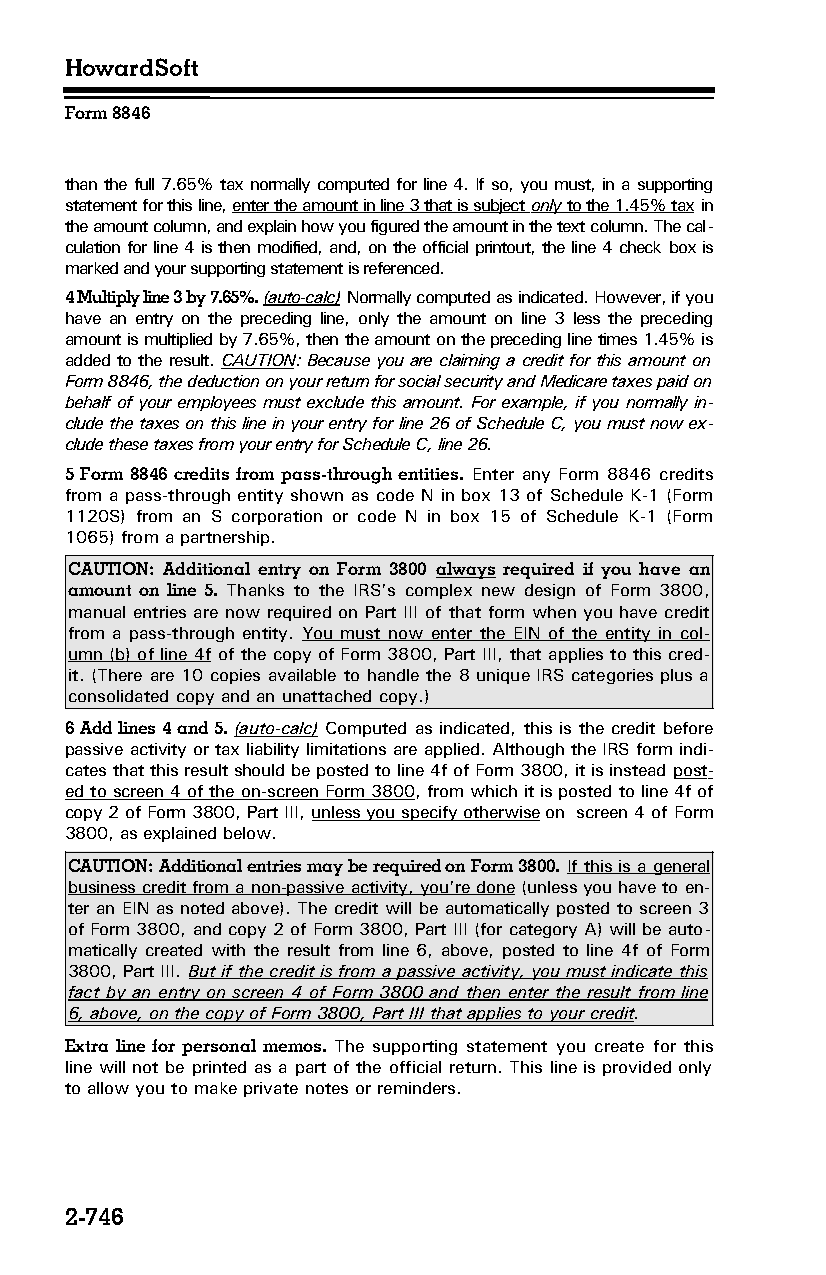
HowardSoft
 Form 8846
 than the full 7.65% tax normally computed for line 4. If so, you must, in a supporting
 statement for this line, enter the amount in line 3 that is subject only to the 1.45% tax in
 the amount column, and explain how you figured the amount in the text column. The cal­
 culation for line 4 is then modified, and, on the official printout, the line 4 check box is
 marked and your supporting statement is referenced.
 4 Multiply line 3 by 7.65%. (auto-calc) Normally computed as indicated. However, if you
 have an entry on the preceding line, only the amount on line 3 less the preceding
 amount is multiplied by 7.65%, then the amount on the preceding line times 1.45% is
 added to the result. CAUTION: Because you are claiming a credit for this amount on
 Form 8846, the deduction on your return for social security and Medicare taxes paid on
 behalf of your employees must exclude this amount. For example, if you normally in­
 clude the taxes on this line in your entry for line 26 of Schedule C, you must now ex­
 clude these taxes from your entry for Schedule C, line 26.
 5 Form 8846 credits from pass-through entities. Enter any Form 8846 credits
 from a pass-through entity shown as code N in box 13 of Schedule K-1 (Form
 1120S) from an S corporation or code N in box 15 of Schedule K-1 (Form
 1065) from a partnership.
 CAUTION: Additional entry on Form 3800 always required if you have an
 amount on line 5. Thanks to the IRS’s complex new design of Form 3800,
 manual entries are now required on Part III of that form when you have credit
 from a pass-through entity. You must now enter the EIN of the entity in col­
 umn (b) of line 4f of the copy of Form 3800, Part III, that applies to this cred­
 it. (There are 10 copies available to handle the 8 unique IRS categories plus a
 consolidated copy and an unattached copy.)
 6 Add lines 4 and 5. (auto-calc) Computed as indicated, this is the credit before
 passive activity or tax liability limitations are applied. Although the IRS form indi­
 cates that this result should be posted to line 4f of Form 3800, it is instead post­
 ed to screen 4 of the on-screen Form 3800, from which it is posted to line 4f of
 copy 2 of Form 3800, Part III, unless you specify otherwise on screen 4 of Form
 3800, as explained below.
 CAUTION: Additional entries may be required on Form 3800. If this is a general
 business credit from a non-passive activity, you’re done (unless you have to en­
 ter an EIN as noted above). The credit will be automatically posted to screen 3
 of Form 3800, and copy 2 of Form 3800, Part III (for category A) will be auto­
 matically created with the result from line 6, above, posted to line 4f of Form
 3800, Part III. But if the credit is from a passive activity, you must indicate this
 fact by an entry on screen 4 of Form 3800 and then enter the result from line
 6, above, on the copy of Form 3800, Part III that applies to your credit.
 Extra line for personal memos. The supporting statement you create for this
 line will not be printed as a part of the official return. This line is provided only
 to allow you to make private notes or reminders.
 2-746